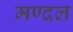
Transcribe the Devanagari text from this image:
मण्दल